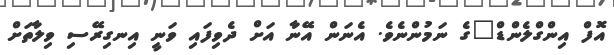
އޮފް އިންގްލެންޑް"ގެ ނަމުންނެވެ. އެނަން އޭނާ އަށް ދެވިފައި ވަނީ އިނގިރޭސި ވިލާތަށް